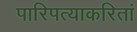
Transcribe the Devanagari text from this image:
पारिपत्याकरितां